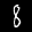
Label: 8